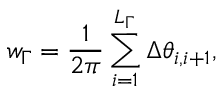
w _ { \Gamma } = \frac { 1 } { 2 \pi } \sum _ { i = 1 } ^ { L _ { \Gamma } } \Delta \theta _ { i , i + 1 } ,